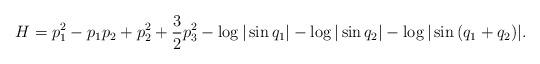
LaTeX: \begin{align*}H=p_1^2-p_1p_2+p_2^2+\frac{3}{2}p_3^2-\log|\sin {q_1}|-\log|\sin {q_2}|-\log|\sin {(q_1+q_2)}|.\end{align*}